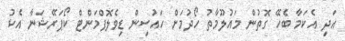
އަދި އެކަމާ ބެހޭ ގޮތުން މައުލޫމާތު ހޯދުމަށް ހައުސިން ޑިވެލޮޕްމަންޓް ކޯޕަރޭޝަނާ އެކު